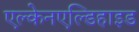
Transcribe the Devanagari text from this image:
एल्केनएल्डिहाइड